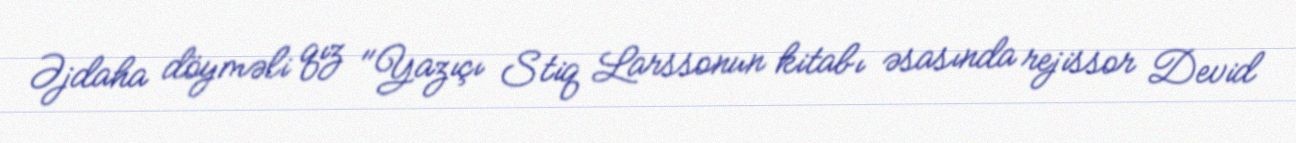
Əjdaha döyməli qız "Yazıçı Stiq Larssonun kitabı əsasında rejissor Devid